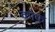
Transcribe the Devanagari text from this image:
कोफ